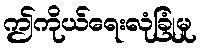
ဤကိုယ်ရေးလုံခြုံမှု